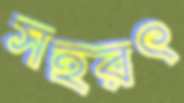
সহরৎ